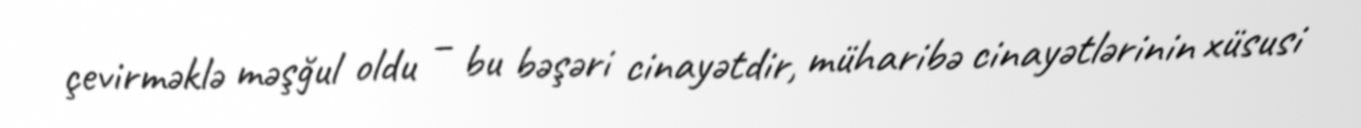
çevirməklə məşğul oldu – bu bəşəri cinayətdir, müharibə cinayətlərinin xüsusi